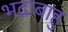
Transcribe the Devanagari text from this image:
भद्राबाहु